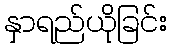
နှာရည်ယိုခြင်း